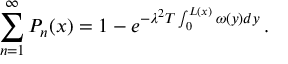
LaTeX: \sum _ { n = 1 } ^ { \infty } P _ { n } ( x ) = 1 - e ^ { - \lambda ^ { 2 } T \int _ { 0 } ^ { L ( x ) } \omega ( y ) d y } \, .